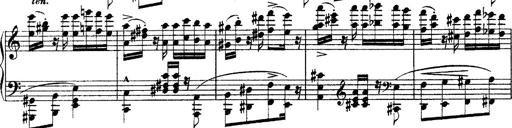
Title: Grandes Ã©tudes de Paganini
Composer: Franz Liszt